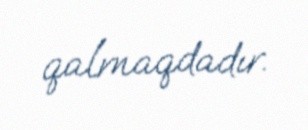
qalmaqdadır.